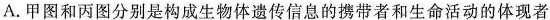
A.甲图和丙图分别是构成生物体遗传信息的携带者和生命活动的体现者